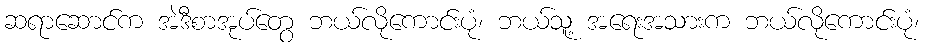
ဆရာဆောင်က အဲဒီစာအုပ်တွေ ဘယ်လိုကောင်းပုံ၊ ဘယ်သူ့ အရေးအသားက ဘယ်လိုကောင်းပုံ၊